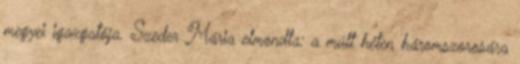
megyei igazgatója. Szeder Mária elmondta: a múlt héten háromszorosára